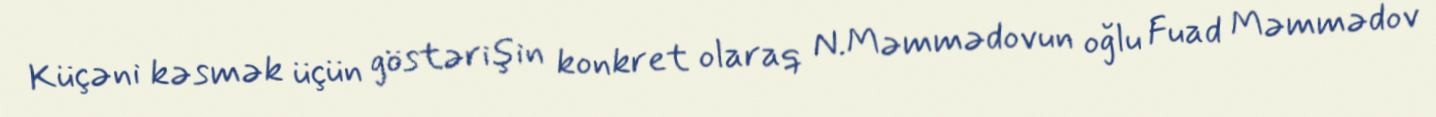
Küçəni kəsmək üçün göstərişin konkret olaraq N.Məmmədovun oğlu Fuad Məmmədov